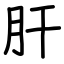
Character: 肝